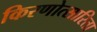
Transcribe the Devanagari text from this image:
किरणोत्सारिता